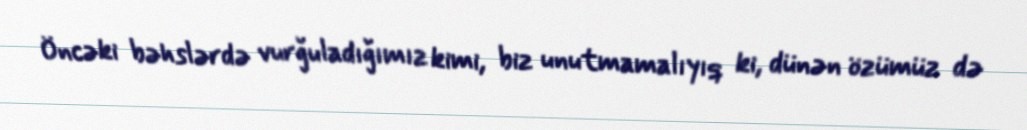
Öncəki bəhslərdə vurğuladığımız kimi, biz unutmamalıyıq ki, dünən özümüz də